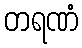
တရဏံ